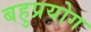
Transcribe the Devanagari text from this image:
बहुप्रयोग